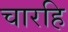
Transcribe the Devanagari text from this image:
चारहि